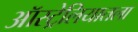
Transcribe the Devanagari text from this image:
ऑस्ट्रेलियातला